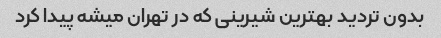
بدون تردید بهترین شیرینی که در تهران میشه پیدا کرد